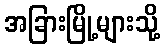
အခြားမြို့များသို့